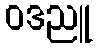
ဝဒညူ